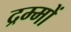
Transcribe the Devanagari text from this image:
द्रम्मों